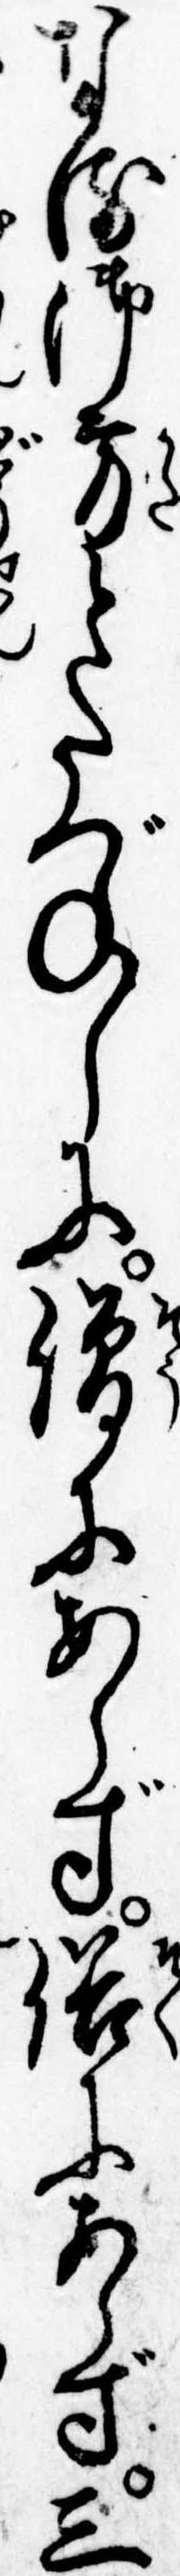
なる御方とたづねしに僧にあらず俗にあらず三